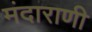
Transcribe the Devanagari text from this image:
मंदाराणी